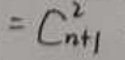
\[
= C_{n + 1}^2
\]